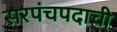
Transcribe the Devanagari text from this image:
सरपंचपदाची